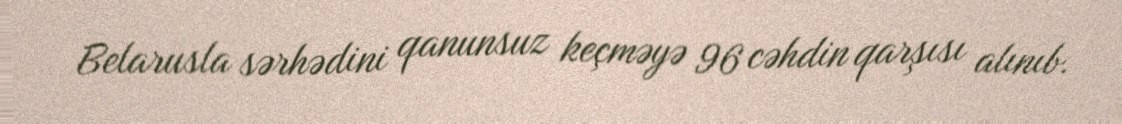
Belarusla sərhədini qanunsuz keçməyə 96 cəhdin qarşısı alınıb.